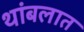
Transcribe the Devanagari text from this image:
थांबलात